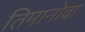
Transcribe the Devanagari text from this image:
तिमानोवा